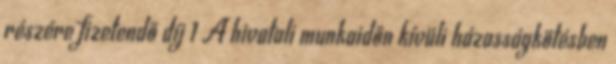
részére fizetendő díj 1 A hivatali munkaidőn kívüli házasságkötésben